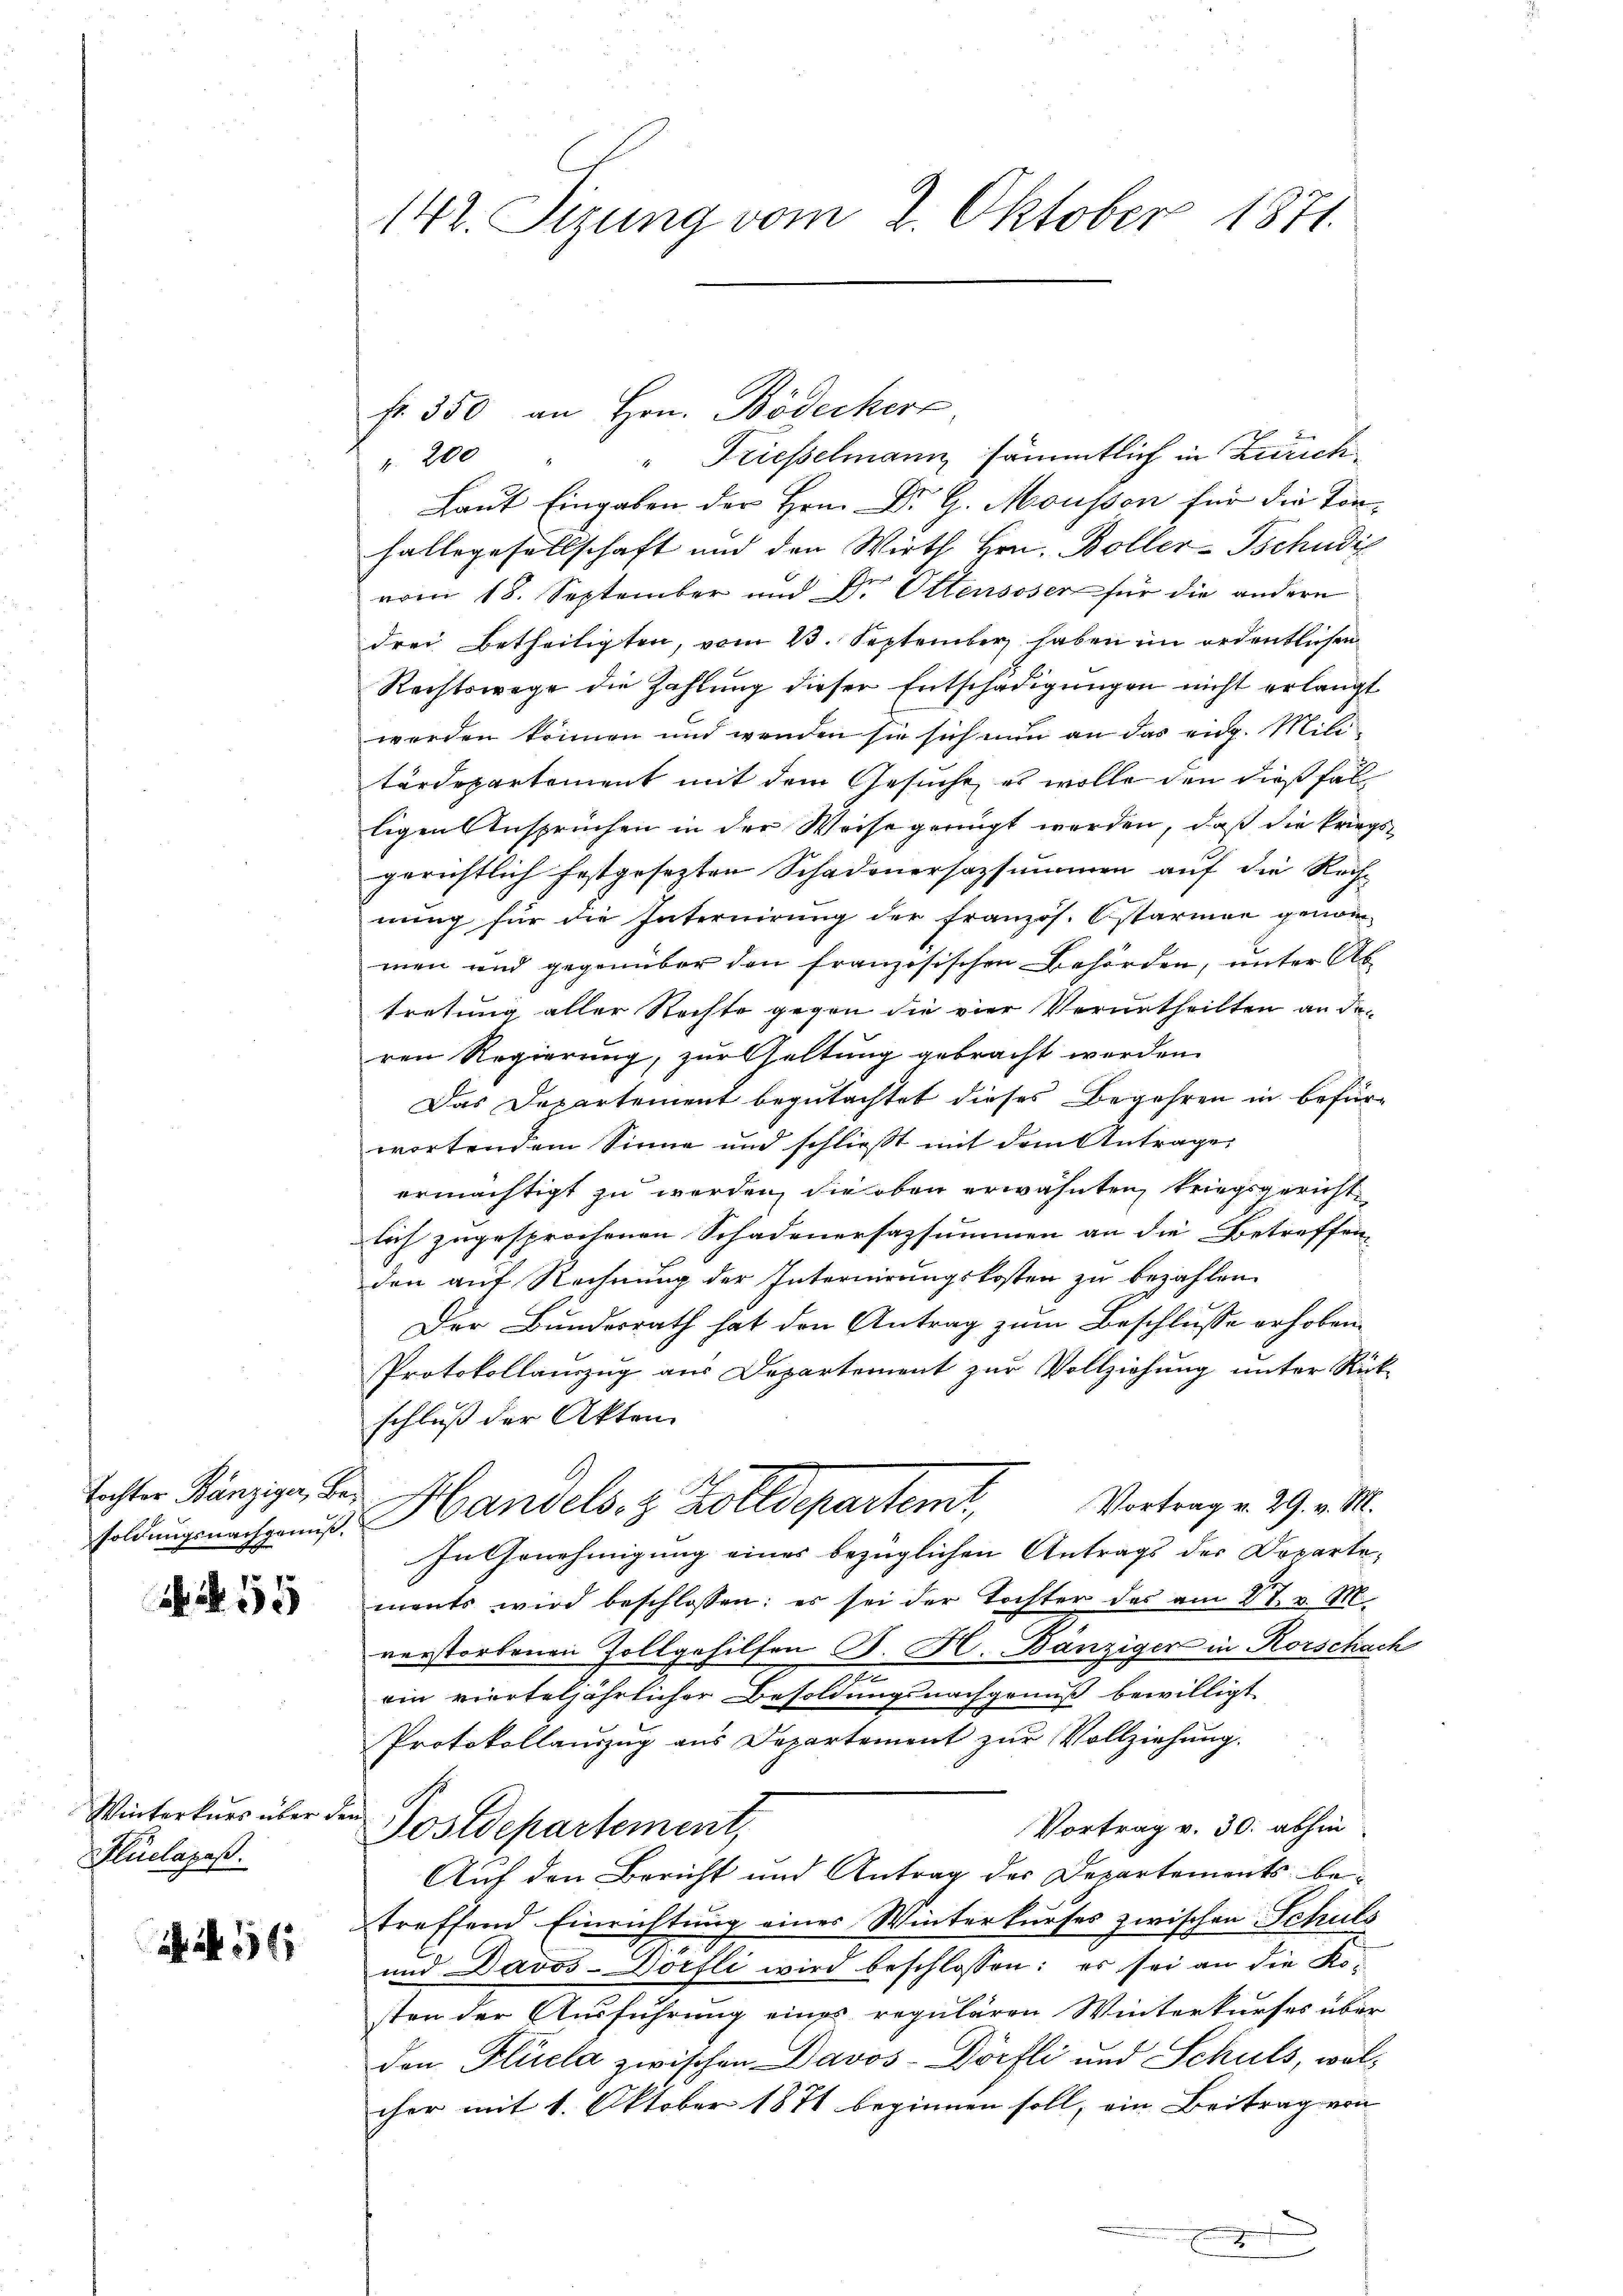
Tochter Bänziger, Be¬

N. 59

Winterkurs über dem
Flüelapaß.

36

142. Sizung vom 2. Oktober 1871.

200 " Triesselmann sämmtlich in Zürich
Laut Eingaben der Hrn. Dr G. Mousson für die Tönhallegesellschaft und den Wirth Hrn. Boller-Tschudil
vom 18. September und Dr. Ottensoser für die andern
drei Betheiligten, vom 13. September haben im ordentlichen
Rechtswege die Zahlung dieser Entschädigungen nicht erlangt
werden können und wenden sie sich nun an das eidg. Militärdepartement mit dem Gesuche, es wolle den dießfal
ligen Anspruchen in der Weise geringt werden, daß die kriegsgerichtlich festgesezten Schadenersazsummen auf die Rech-
nung für die Interuirung der französ. Ostarmee genom-
men und gegenüber den französischen Behörden, unter Ab
tretung aller Rechte gegen die vier Verurtheilten an den
ren Regierung, zur Geltung gebracht werden.
Das Departement begutachtet dieses Begehren in befürwortendem Sinne und schließt mit dem Antrage
ermächtigt zu werden, die oben erwähnten kriegsgericht
lich zugesprochenen Schadenersazsummen an die Betreffen-
den auf Rechnung der Internirungskosten zu bezahlen.
Der Bundesrath hat den Antrag zum Beschlusse erhoben.
Protokollanzug aus Departement zur Vollziehung unter Rück-
schluß der Akten
Vortrag v. 29. v. M.
dch. Handels. 8 Zolldeparteme,
In Genehmigung eines bezüglichen Antrags der Dopartements wird beschlossen: es sei der Tochter das am 27. v. M.
verstorbenen Zollgehilfen B. H. Bänziger in Rorschach
2
ein vierteljährlicher Besoldungsnachgenuß bewilligt
Protokollauszug aus Departement zur Vollziehung.
Vortrag v. 30. abhin
Postdepartement,
Auf den Bericht und Antrag des Departements betreffend Einrichtung eines Winterkurses zwischen Schuls
und Davos-Dörfli wird beschlossen: es sei an die Kosten der Ausführung eines regulären Winterkurses über
den Flüela zwischen Davos- Dörfli und Schuls, wolcher mit 1. Oktober 1871 beginnen soll, ein Beitrag von
 nennen. Er

fr. 350 an Hrn. Bödecker